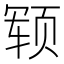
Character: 𬱢